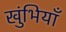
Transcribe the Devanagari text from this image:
खुंभियाँ